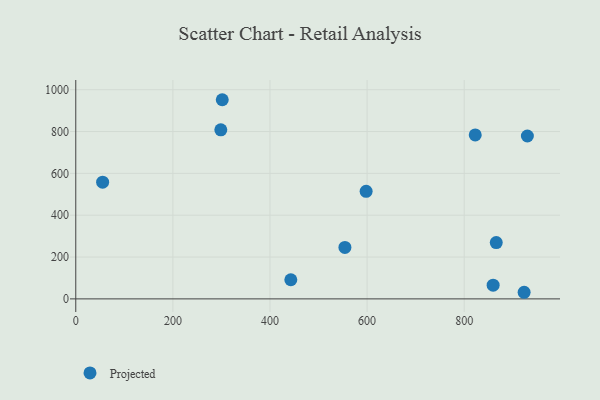
{"axis": {"x": "Price", "y": "Exam Score"}, "legend": ["Projected"], "data": [{"x": "822.7", "y": 783.9, "type": "Projected"}, {"x": "923.4", "y": 31.6, "type": "Projected"}, {"x": "442.9", "y": 91.4, "type": "Projected"}, {"x": "859.6", "y": 65.6, "type": "Projected"}, {"x": "55.3", "y": 558.0, "type": "Projected"}, {"x": "866.0", "y": 269.1, "type": "Projected"}, {"x": "930.1", "y": 778.6, "type": "Projected"}, {"x": "554.3", "y": 245.8, "type": "Projected"}, {"x": "301.7", "y": 952.1, "type": "Projected"}, {"x": "598.0", "y": 514.3, "type": "Projected"}, {"x": "298.7", "y": 808.4, "type": "Projected"}]}